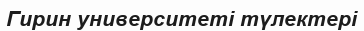
Гирин университеті түлектері